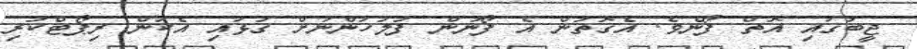
ޖީބުގައި އޮތް ފޯނެވެ. އެގޮތުން އެ ފޯނުން ފުލުހުންނަށް ގުޅައި އެކަން ރިޕޯޓްކުރި